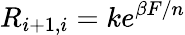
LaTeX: R_{i+1,i}=ke^{\beta F/n}